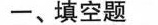
一、填空题